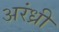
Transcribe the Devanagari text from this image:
अरंध्री